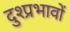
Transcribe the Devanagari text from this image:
दुश्प्रभावों